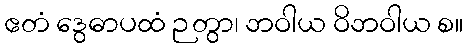
ဧတံ ဒွေဓာပထံ ဉတွာ၊ ဘဝါယ ဝိဘဝါယ စ။